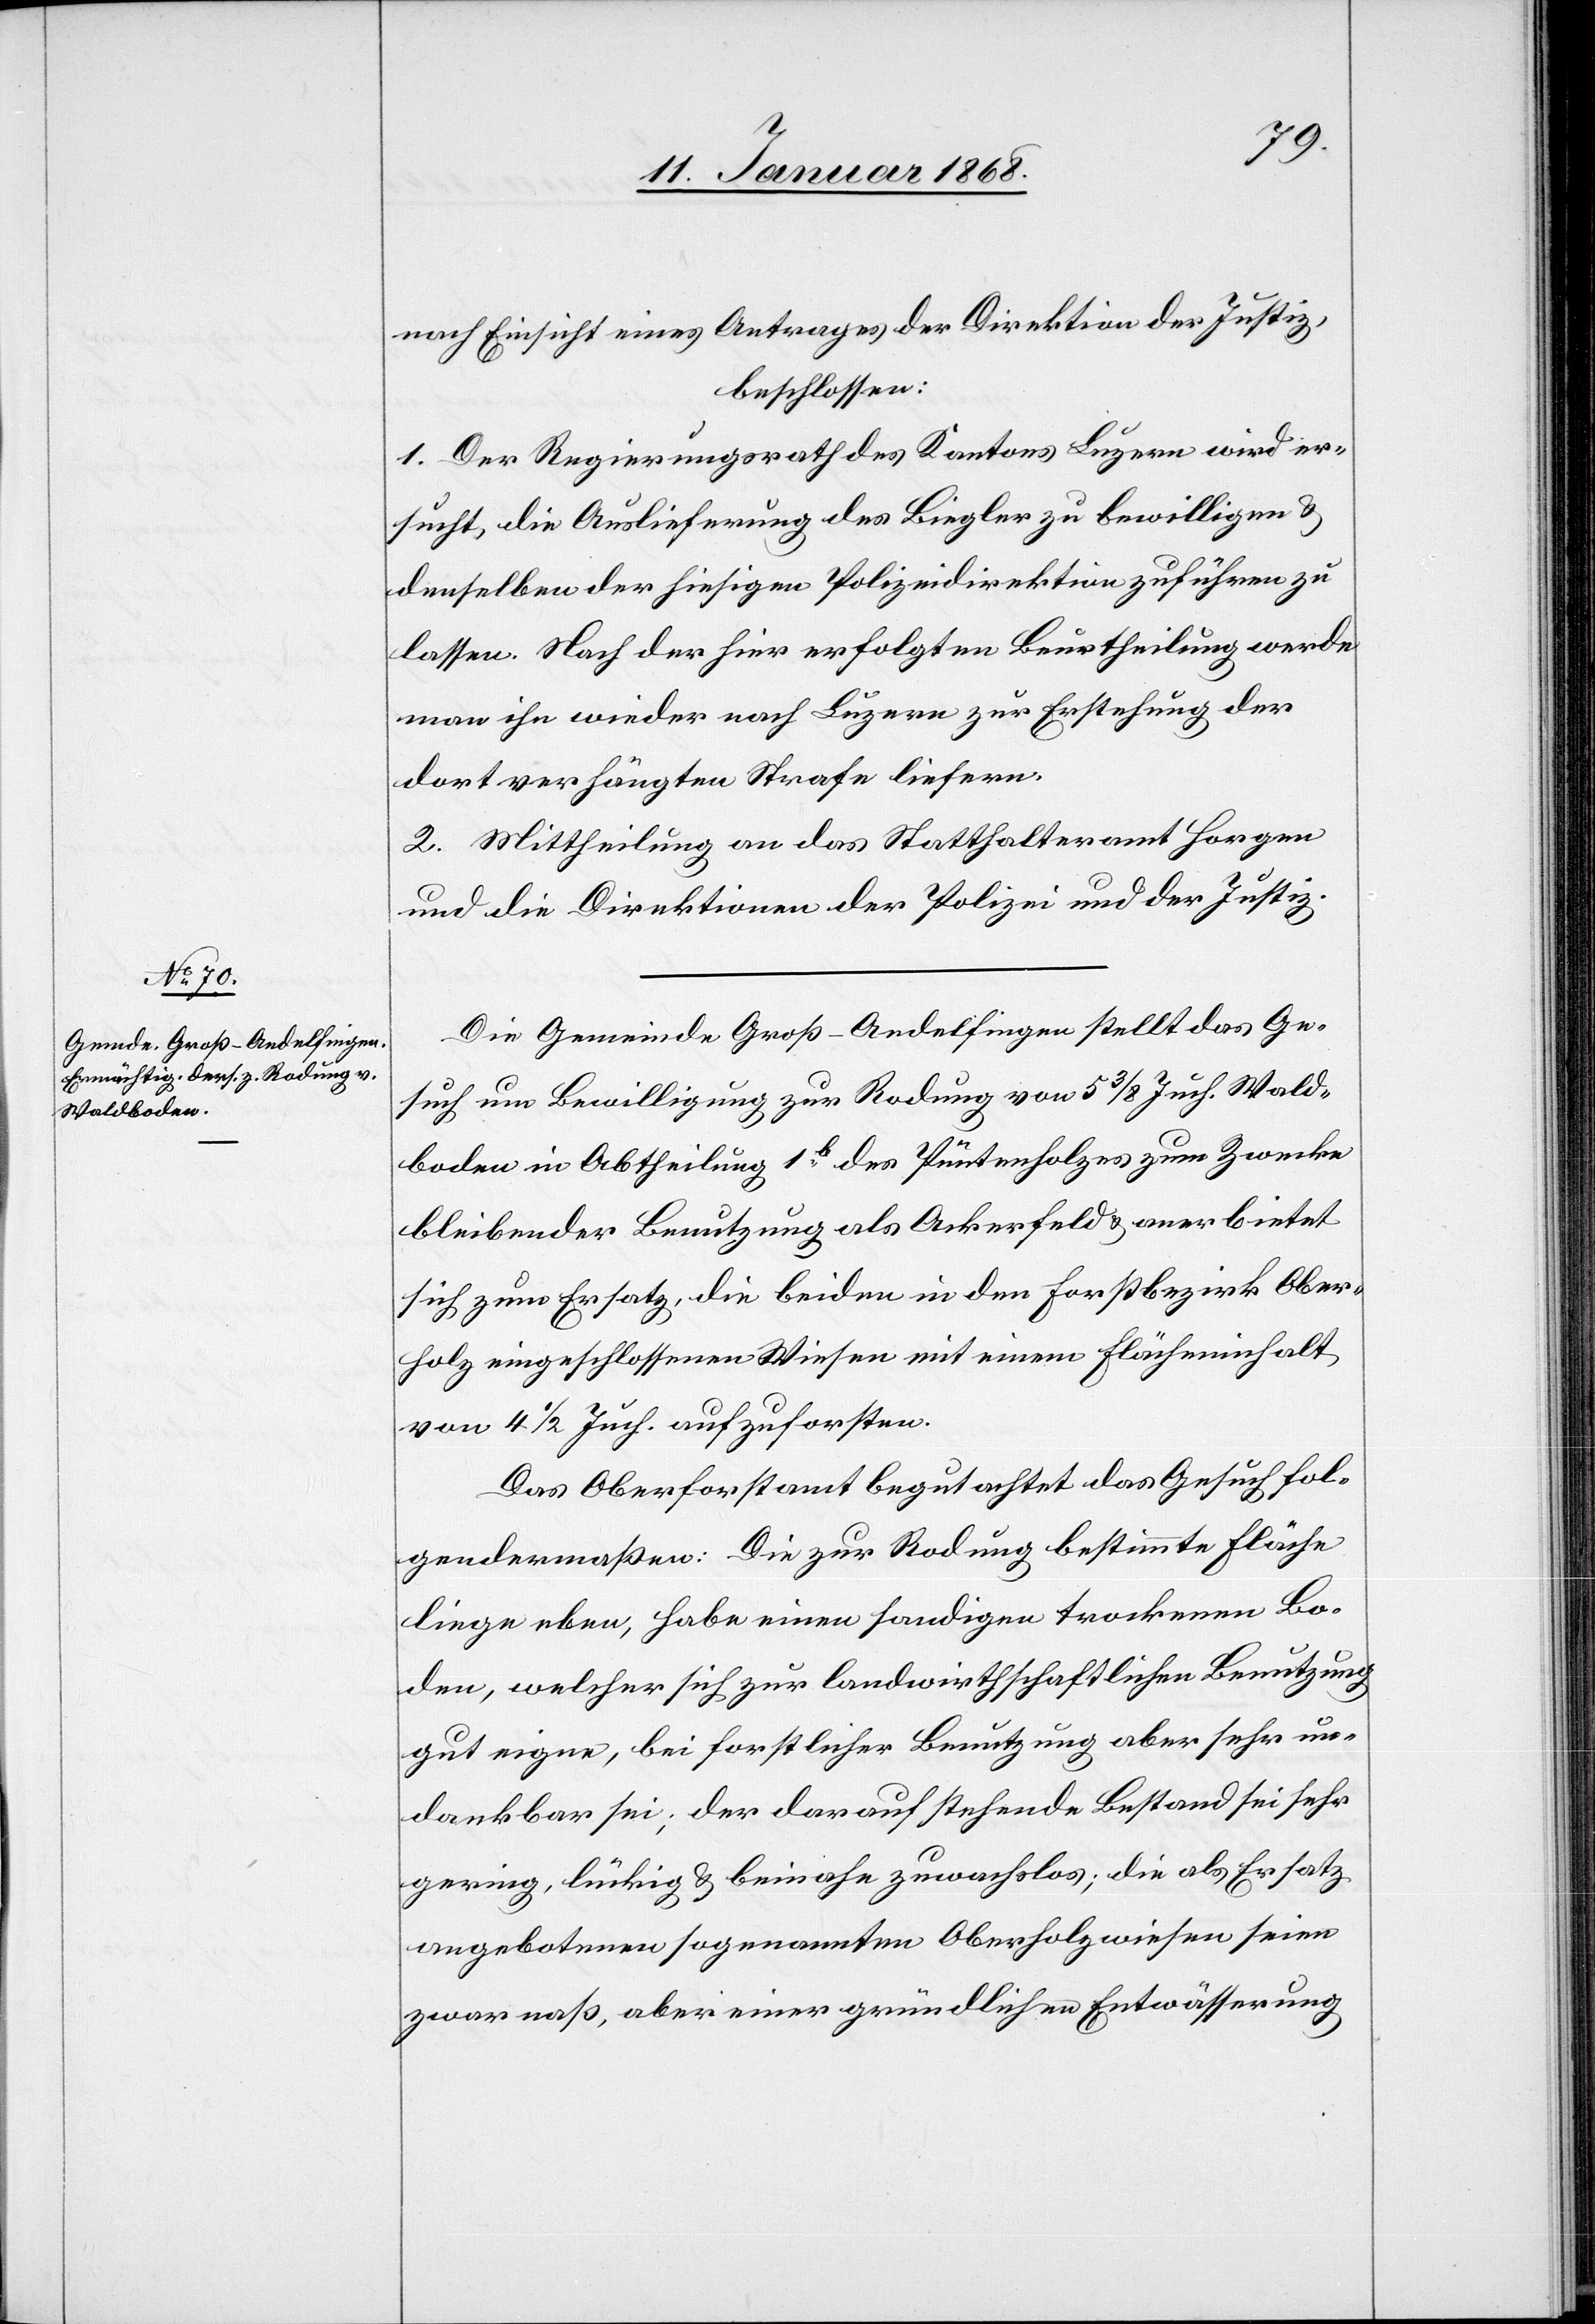
nach Einsicht eines Antrages der Direktion der Justiz,
beschlossen:
1. Der Regierungsrath des Kantons Luzern wird er¬
sucht, die Auslieferung des Biegler zu bewilligen &
denselben der hiesigen Polizeidirektion zuführen zu
lassen. Nach der hier erfolgten Beurtheilung werde
man ihn wieder nach Luzern zur Erstehung der
dort verhängten Strafe liefern.
2. Mittheilung an das Statthalteramt Horgen
und die Direktionen der Polizei und der Justiz.
Die Gemeinde Groß-Andelfingen stellt das Ge¬
such um Bewilligung zur Rodung von 5 3/8 Juch. Wald¬
boden in Abtheilung 1b. des Püntenholzes zum Zwecke
bleibender Benutzung als Ackerfeld & anerbietet
sich zum Ersatz, die beiden in den Forstbezirk Ober¬
holz eingeschlossenen Wiesen mit einem Flächeninhalt
von 4 1/2 Juch. aufzuforsten.
Das Oberforstamt begutachtet das Gesuch fol¬
gendermaßen: Die zur Rodung bestimmte Fläche
liege eben, habe einen sandigen trockenen Bo¬
den, welcher sich zur landwirthschaftlichen Benutzung
gut eigne, bei forstlicher Benutzung aber sehr un¬
dankbar sei; der darauf stehende Bestand sei sehr
gering, lückig & beinahe zuwachslos; die als Ersatz
angebotenen sogenannten Oberholzwiesen seien
zwar naß, aber einer gründlichen Entwässerung